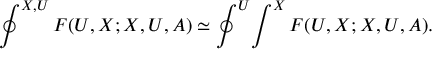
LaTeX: \oint ^ { X , U } F ( U , X ; X , U , A ) \simeq \oint ^ { U } \! \int ^ { X } F ( U , X ; X , U , A ) .